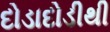
દોડાદોડીથી